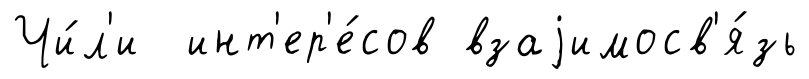
Чи́л'и инт'ер'е́сов взаjимосв'я́зь